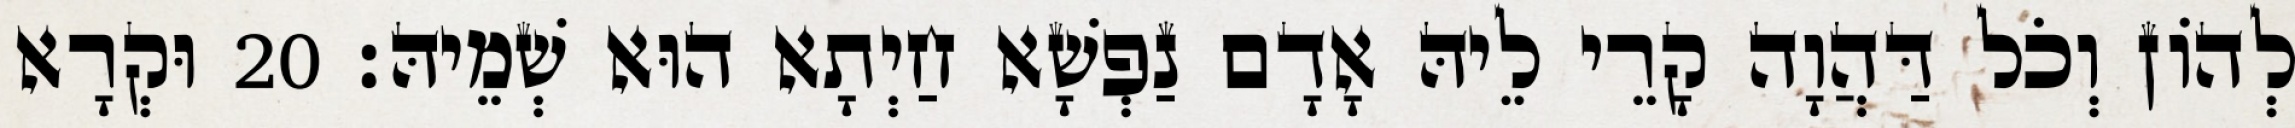
לְהוֹן וְכֹל דַּהֲוָה קָרֵי לֵיהּ אָדָם נַפְשָׁא חַיְתָא הוּא שְׁמֵיהּ׃ 20 וּקְרָא